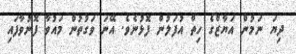
ދިޔަ ނަމުން އަޔާޒްގެ ހިތް އުފަލުން ފޮޅުނެވެ. އޭނަ ވަގުތުން މައުވާ ފޮނުވާފައި